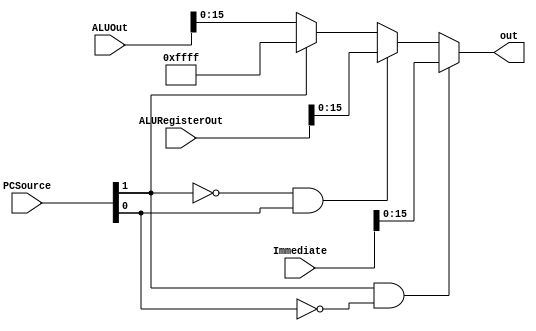
module PCWriteSourceMux(
	input[1:0] PCSource,
	input[DATA_WIDTH-1:0] ALUOut,
	input[DATA_WIDTH-1:0] ALURegisterOut,
	input[25:0] Immediate,
	output[ADDR_WIDTH-1:0] out
    );
	
	parameter DATA_WIDTH = 32;
	parameter ADDR_WIDTH = 16;
	
	// Use ternary operator to assign outputs to wires
	// 10: PCWriteSource = Instruction Immediate
	// 01: PCWriteSource = ALU Register Output
   // 00: PCWriteSource = ALU Output
	
	assign out = PCSource[1] && ~PCSource[0] ? Immediate[15:0] :
					 ~PCSource[1] && PCSource[0] ? ALURegisterOut[15:0] :
					 ~PCSource[1] && ~PCSource[1] ? ALUOut[15:0] : -1;

endmodule